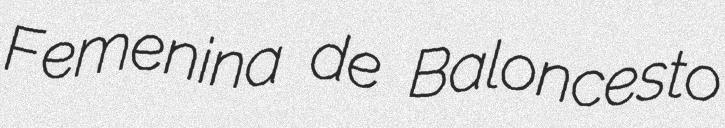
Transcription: Femenina de Baloncesto